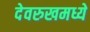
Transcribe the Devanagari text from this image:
देवरुखमध्ये